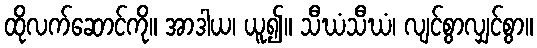
ထိုလက်ဆောင်ကို။ အာဒါယ၊ ယူ၍။ သီဃံသီဃံ၊ လျင်စွာလျှင်စွာ။